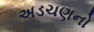
અડચણનો